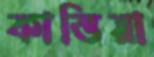
কাত্তিয়া